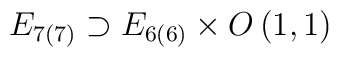
E_{7(7)}\supset E_{6(6)}\times O\left(1,1\right)